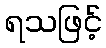
ရသဖြင့်